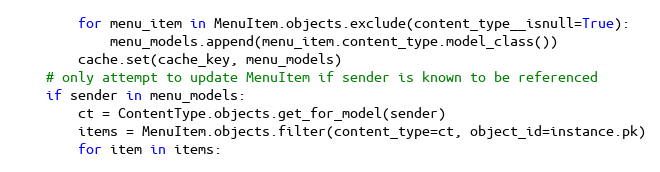
Language: Python
        for menu_item in MenuItem.objects.exclude(content_type__isnull=True):
            menu_models.append(menu_item.content_type.model_class())
        cache.set(cache_key, menu_models)
    # only attempt to update MenuItem if sender is known to be referenced
    if sender in menu_models:
        ct = ContentType.objects.get_for_model(sender)
        items = MenuItem.objects.filter(content_type=ct, object_id=instance.pk)
        for item in items: